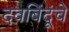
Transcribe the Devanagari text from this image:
दवबिंदूंचे